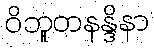
ဝိဘူတနန္ဒိနာ